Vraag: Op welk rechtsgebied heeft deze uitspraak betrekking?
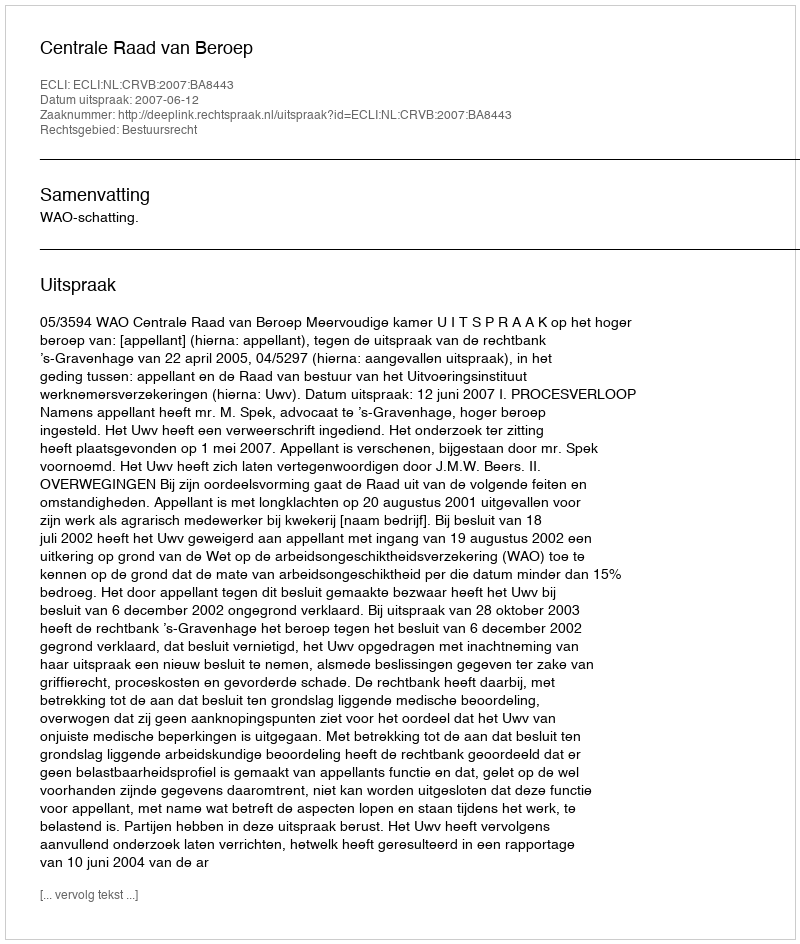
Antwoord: Bestuursrecht